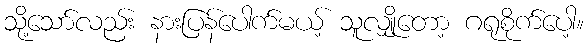
သို့သော်လည်း နားပြန်ပေါက်မယ့် သူလျှိုတော့ ဂရုစိုက်ပေါ့။